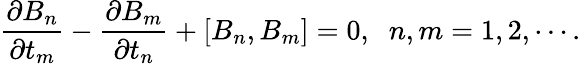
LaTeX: \frac{\partial B_{n}}{\partial t_{m}}-\frac{\partial B_{m}}{\partial t_{n}}+\left[B_{n},B_{m}\right]=0,\; \; n,m=1,2,\cdots.